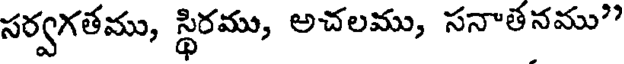
సర్వగతము, స్థిరము, అచలము, సనాతనము"